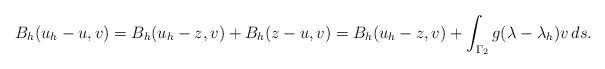
\begin{align*}B_h(u_h-u,v) & = B_h(u_h-z,v) + B_h(z-u,v) = B_h(u_h-z,v) +\int_{\Gamma_2} g(\lambda-\lambda_h)v\,ds.\end{align*}